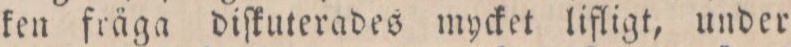
ken fräga diſkuterades mycket lifligt, under